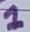
Text: 1